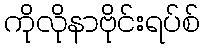
ကိုလိုနာဗိုင်းရပ်စ်